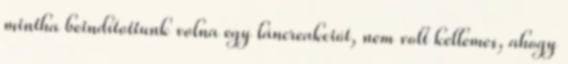
mintha beindítottunk volna egy láncreakciót, nem volt kellemes, ahogy